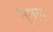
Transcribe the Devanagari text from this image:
मुगल्